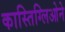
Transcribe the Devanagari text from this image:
कास्तिग्लिओने